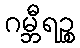
ဂမ္ဘီရဉ္စ